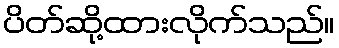
ပိတ်ဆို့ထားလိုက်သည်။